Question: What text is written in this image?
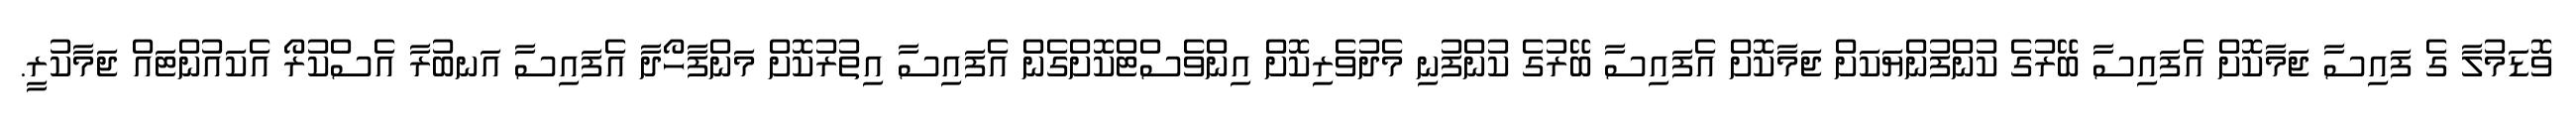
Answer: ވޮޑަމުލާ ގެ ފައިސާ ޖަމާކޮށް އެފައިސާ ބޭރުގެ ކުންފުންޔަކަށް ޖަމާކޮށް އެފައިސާ ބޭރުގެ ކުންފުނި މެދުވެރިކޮށް އިންވެސްޓްކޮށްގެން އެފައިސާ އިތުރުކޮށް މަންފާހޯދާ އެފައިސާ އަނބުރާ އެސްކުރޯ އެކައުންޓައް ޖަމާކުރީ.